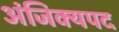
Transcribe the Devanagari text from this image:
अंजिक्यपद